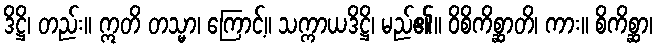
ဒိဋ္ဌိ၊ တည်း။ ဣတိ တသ္မာ၊ ကြောင့်။ သက္ကာယဒိဋ္ဌိ၊ မည်၏။ ဝိစိကိစ္ဆာတိ၊ ကား။ စိကိစ္ဆာ၊